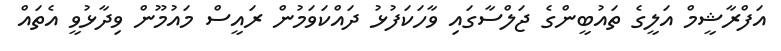
އަފްރާޝީމް އަލީގެ ތައުބީންގެ ޖަލްސާގައި ވާހަކަފުޅު ދައްކަވަމުން ރައީސް މައުމޫން ވިދާޅުވީ އެތައް